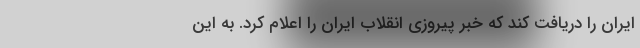
ایران را دریافت کند که خبر پیروزی انقلاب ایران را اعلام کرد. به این